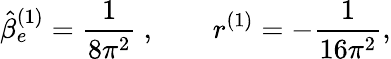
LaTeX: \hat{\beta}_{e}^{(1)}=\frac 1{8\pi^{2}}\ ,\qquad r^{(1)}=-\frac 1{16\pi^{2}},